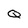
Character: Q